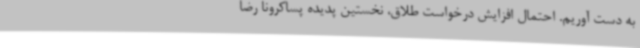
به دست آوریم. احتمال افزایش درخواست طلاق، نخستین پدیده پساکرونا رضا